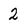
Character: 2